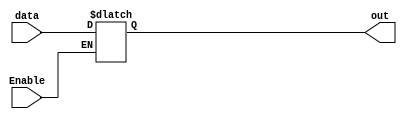
module Disable (
    input wire Enable,            // Enable control signal
    input wire [WIDTH-1:0] data, // Example input data (width defined by parameter)
    output reg [WIDTH-1:0] out   // Output data (same width as input)
);
    parameter WIDTH = 8; // Parameter to define the width of data

    // Initialize output
    initial begin
        out = {WIDTH{1'b0}}; // Initialize output to 0s
    end

    // Always block to handle Enable signal
    always @(*) begin
        if (Enable) begin
            // When Enabled, pass through the input data to output
            out = data;
        end else begin
            // When Disabled, keep the output unchanged
            // The output will hold its last value
            // If desired, can also set it to a predefined state, e.g., 0s
            // out = {WIDTH{1'b0}}; // Uncomment if you want to reset to 0 on disable
        end
    end
endmodule